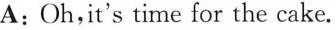
A:Oh,it's time for the cake.